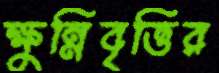
ক্ষুন্নিবৃত্তির